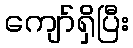
ကျော်ရှိပြီး